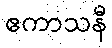
ဧကာသနီ